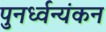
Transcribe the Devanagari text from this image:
पुनर्ध्वन्यंकन